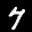
Label: 7